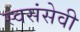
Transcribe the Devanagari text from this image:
स्वसंसेवी